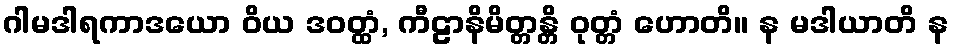
ဂါမဒါရကာဒယော ဝိယ ဒဝတ္ထံ, ကီဠာနိမိတ္တန္တိ ဝုတ္တံ ဟောတိ။ န မဒါယာတိ န